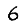
Digit: 6